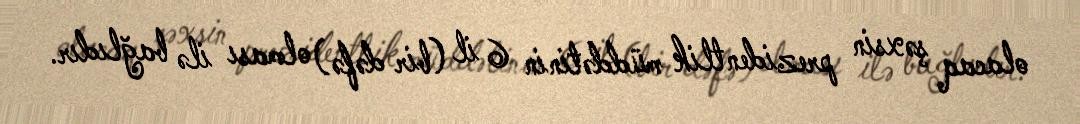
olacaq şəxsin prezidentlik müddətinin 6 il (bir dəfə) olması ilə bağlıdır.